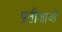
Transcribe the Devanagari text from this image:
प्रतीक्षाओं